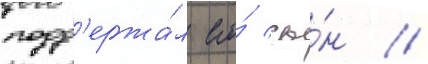
подд'ержа́л его́ сы́н //